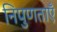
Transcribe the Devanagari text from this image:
निपुणताएँ